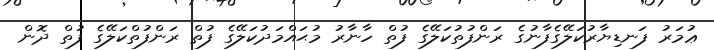
ޢުމަރު ފަނޑިޔާރުކަލޭގެފާނުގެ ރަންފުތުކަލޭގެ ފުތް ހާނާރު މުޙައްމަދުކަލޭގެ ފުތް ރަންފުތްކަލޭގެ ފުތް ދޮން